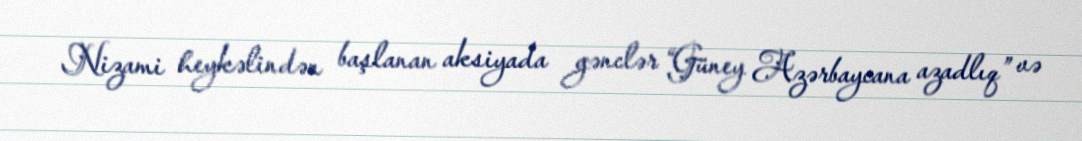
Nizami heykəlindən başlanan aksiyada gənclər “Güney Azərbaycana azadlıq” və